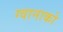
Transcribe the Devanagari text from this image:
ग्वानाको